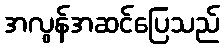
အလွန်အဆင်ပြေသည်